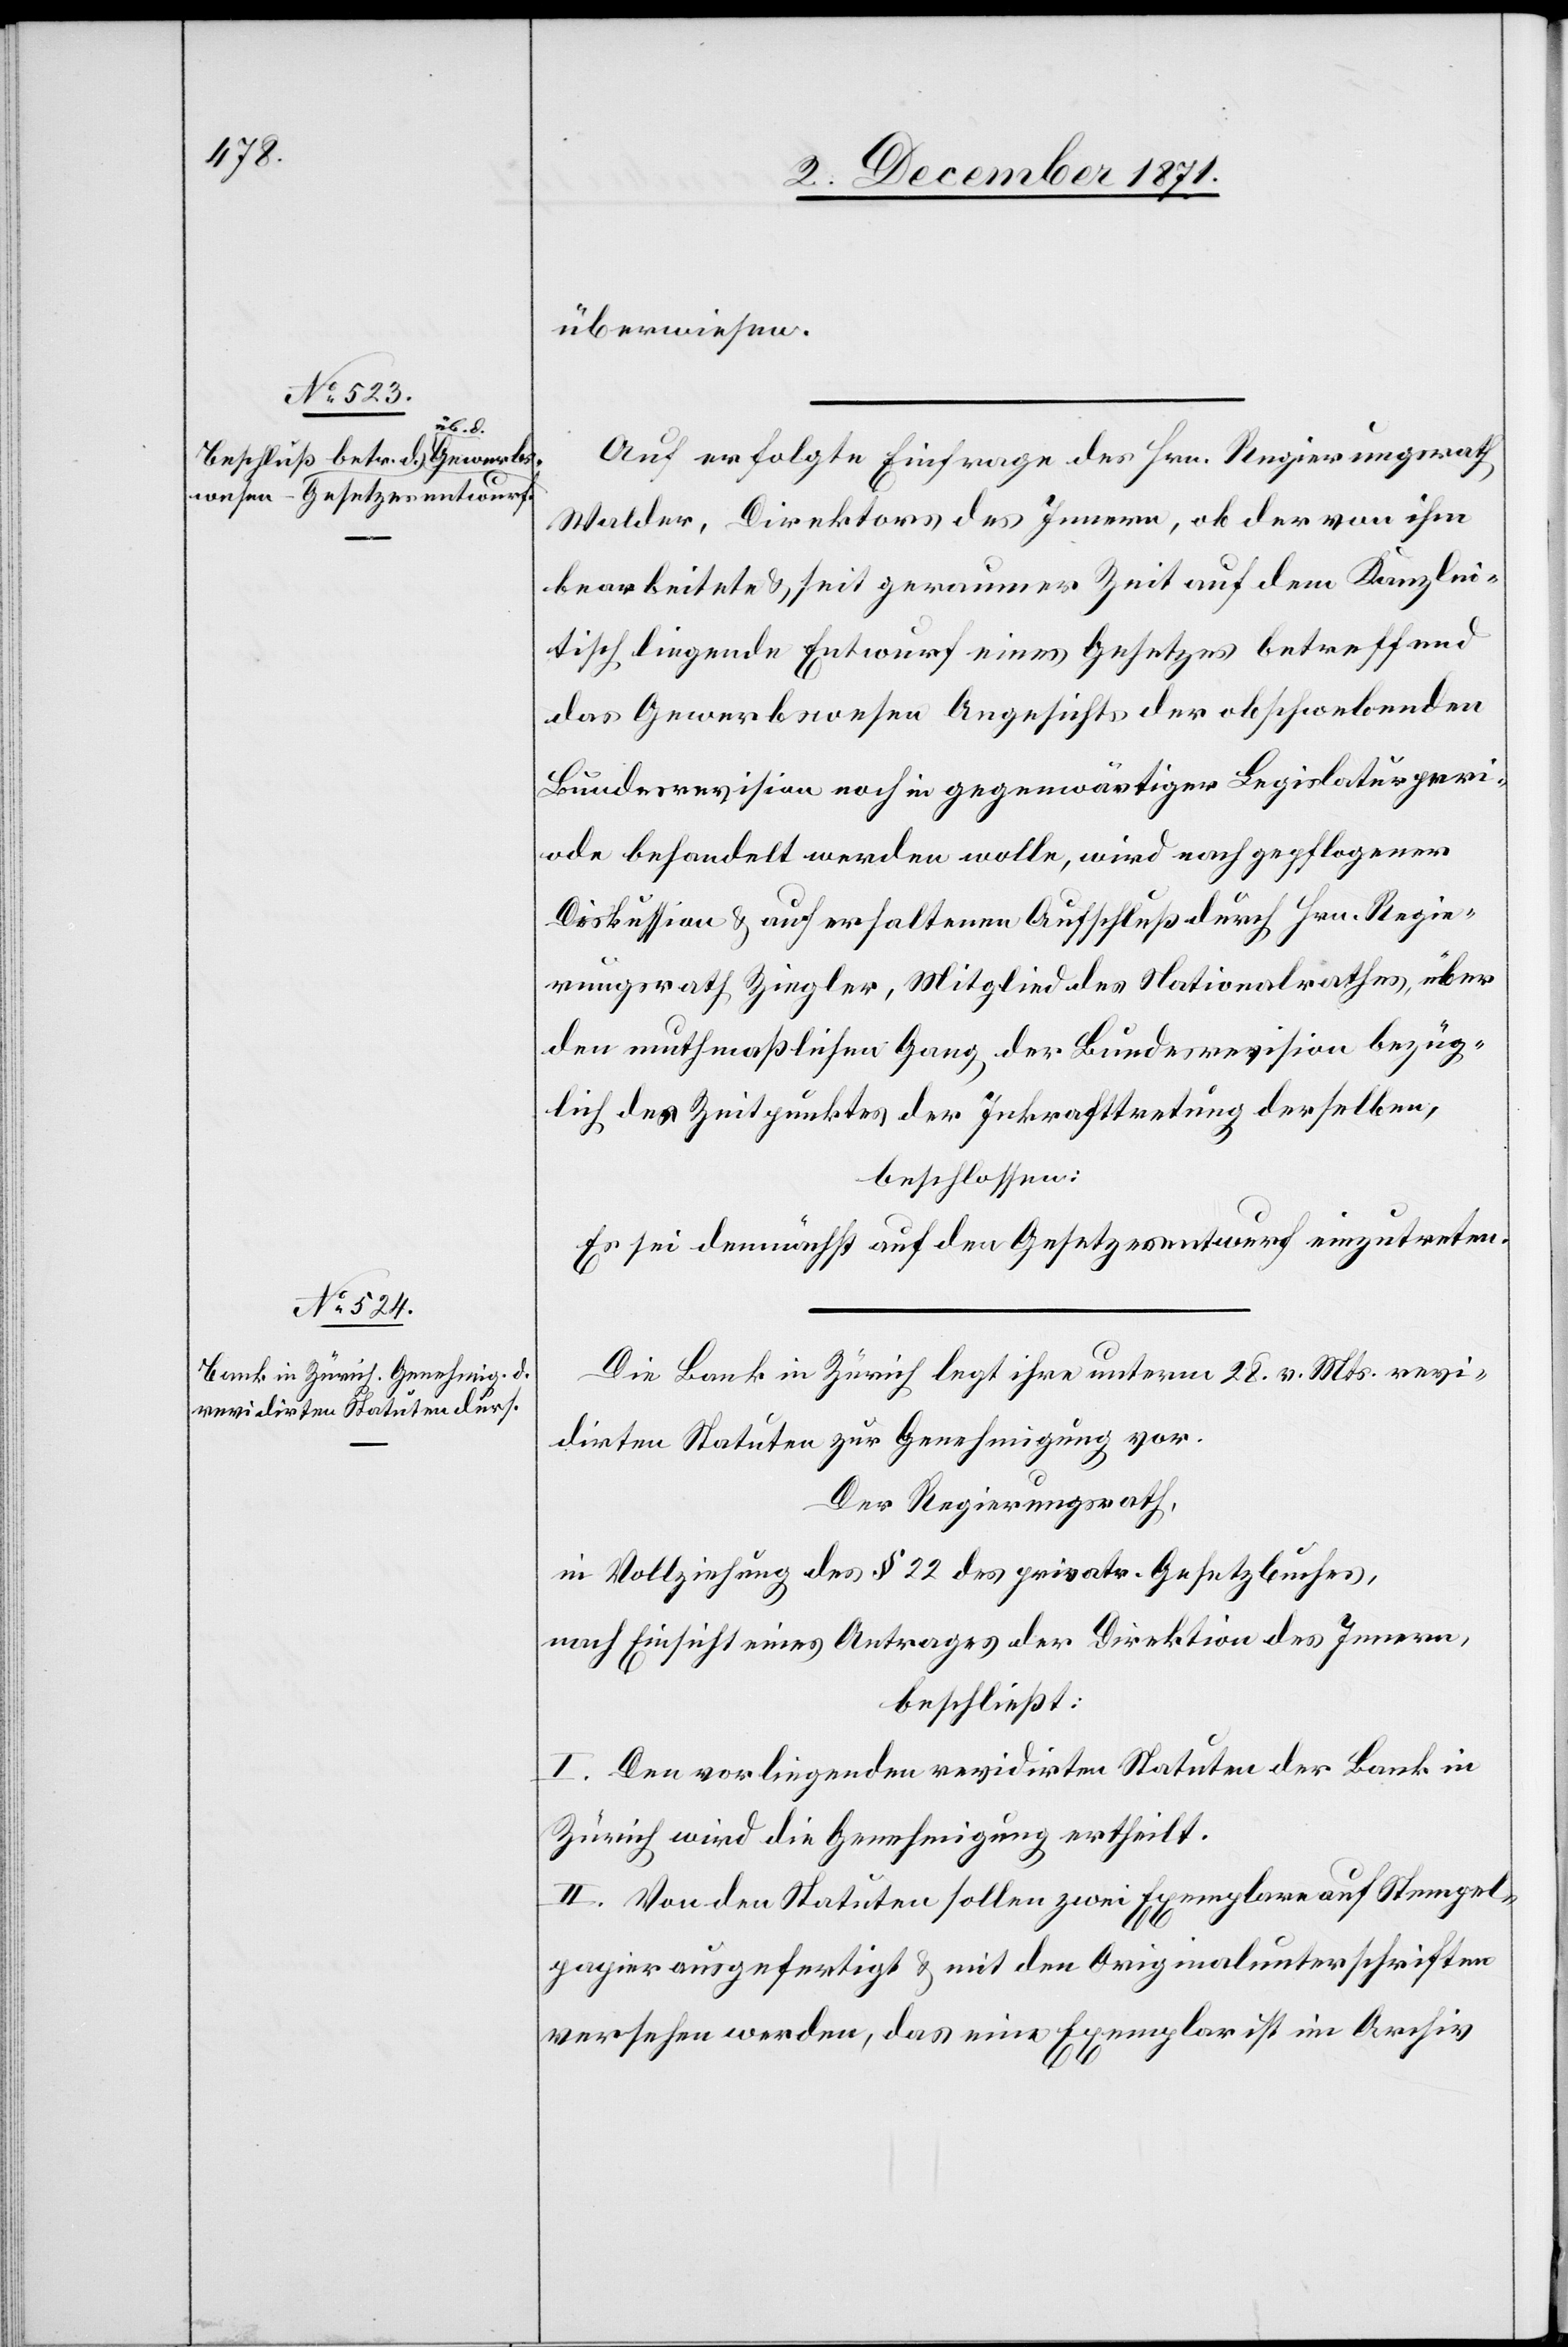
überwiesen.
Auf erfolgte Einfrage des Hrn. Regierungsrath
Walder, Direktors des Innern, ob der von ihm
bearbeitete & seit geraumer Zeit auf dem Kanzlei¬
tisch liegende Entwurf eines Gesetzes betreffend
das Gewerbewesen Angesichts der obschwebenden
Bundesrevision noch in gegenwärtiger Legislaturperi¬
ode behandelt werden wolle, wird nach gepflogener
Diskussion & auf erhaltenen Aufschluß durch Hrn. Regie¬
rungsrath Ziegler, Mitglied des Nationalrathes, über
den muthmaßlichen Gang der Bundesrevision bezüg¬
lich des Zeitpunktes der Inkrafttretung derselben,
beschlossen:
Es sei demnächst auf den Gesetzesentwurf einzutreten.
Die Bank in Zürich legt ihre unterm 28. v. Mts. revi¬
dirten Statuten zur Genehmigung vor.
Der Regierungsrath,
in Vollziehung des § 22 des privat. Gesetzbuches,
nach Einsicht eines Antrages der Direktion des Innern,
beschließt:
I. Den vorliegenden revidirten Statuten der Bank in
Zürich wird die Genehmigung ertheilt.
II. Von den Statuten sollen zwei Exemplare auf Stempel¬
papier ausgefertigt & mit den Originalunterschriften
versehen werden, das eine Exemplar ist im Archiv